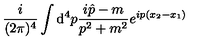
\frac { i } { ( 2 \pi ) ^ { 4 } } \int { \mathrm d } ^ { 4 } p \frac { i \hat { p } - m } { p ^ { 2 } + m ^ { 2 } } e ^ { i p ( x _ { 2 } - x _ { 1 } ) }